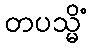
တပသ္မိံ